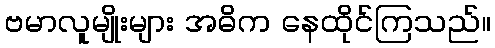
ဗမာလူမျိုးများ အဓိက နေထိုင်ကြသည်။